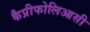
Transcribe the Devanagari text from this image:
कैप्रीफोलिआसी